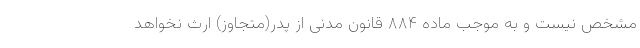
مشخص نیست و به موجب ماده ۸۸۴ قانون مدنی از پدر(متجاوز) ارث نخواهد